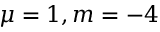
\mu = 1 , m = - 4